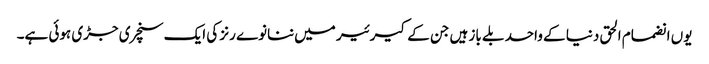
یوں انضمام الحق دنیا کے واحد بلے باز ہیں جن کے کیرئیر میں ننانوے رنز کی ایک سنچری جڑی ہوئی ہے۔